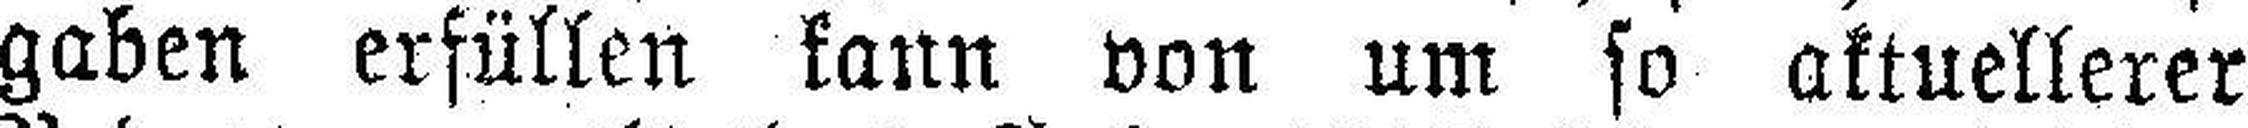
gaben erfüllen kann von um so aktuellerer